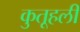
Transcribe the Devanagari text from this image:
कुतूहली